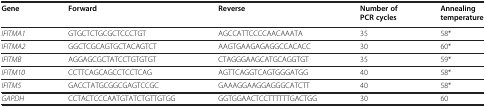
<table><thead><tr><td><b>Gene</b></td><td><b>Forward</b></td><td><b>Reverse</b></td><td><b>Number of PCR cycles</b></td><td><b>Annealing temperature</b></td></tr></thead><tbody><tr><td><i>IFITMA1</i></td><td>GTGCTCTGCGCTCCCTGT</td><td>AGCCATTCCCCAACAAATA</td><td>35</td><td>58*</td></tr><tr><td><i>IFITMA2</i></td><td>GGCTCGCAGTGCTACAGTCT</td><td>AAGTGAAGAGAGGCCACACC</td><td>30</td><td>60*</td></tr><tr><td><i>IFITMB</i></td><td>AGGAGCGCTATCCTGTGTGT</td><td>CTAGGGAAGCATGCAGGTGT</td><td>35</td><td>59*</td></tr><tr><td><i>IFITM10</i></td><td>CCTTCAGCAGCCTCCTCAG</td><td>AGTTCAGGTCAGTGGGATGG</td><td>40</td><td>58*</td></tr><tr><td><i>IFITM5</i></td><td>GACCTATGCGGCGAGTCCGC</td><td>GAAAGGAAGGAGGGCATCTT</td><td>40</td><td>58*</td></tr><tr><td><i>GAPDH</i></td><td>CCTACTCCCAATGTATCTGTTGTGG</td><td>GGTGGAACTCCTTTTTTGACTGG</td><td>30</td><td>60</td></tr></tbody></table>